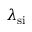
\lambda _ { \mathrm { s i } }